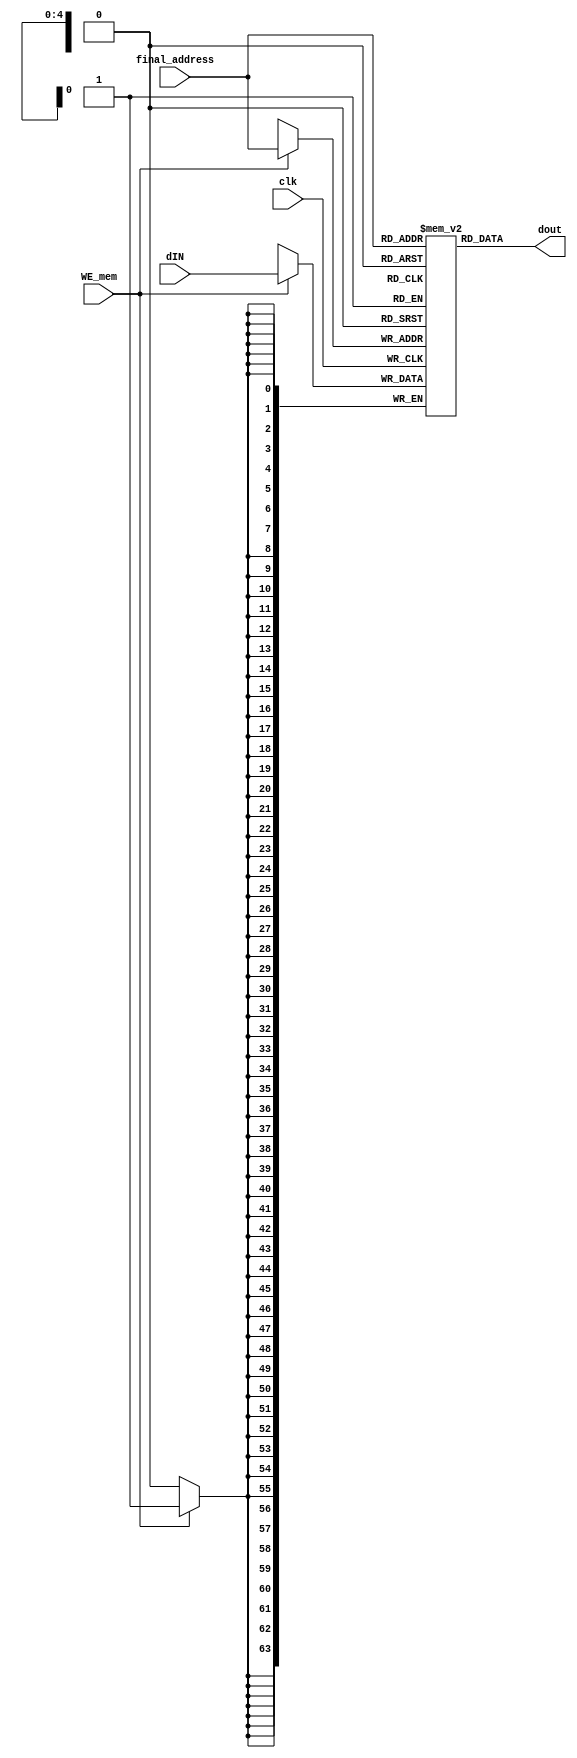
module Memoria( 
    input [4:0] final_address,  //guarda endereo que  a soma de doutB + OFFSET
    input WE_mem,
    input clk,
    input [63:0]dIN,            //Valor que entra na memria
    output [63:0] dout          //Valor que sai da memria
);

    /*!!*/reg [63:0] mem [31:0];

    // atribuindo valores para memoria e load/store

    assign dout = mem[final_address];       //Leitura de dados no Memria (Load) 
   


    always @(posedge clk) begin
                                    
        if (WE_mem) begin                    
            mem[final_address]  <= dIN;      //Escrita de dados na memria (Store)
        end

    end

    
initial begin    // INICIALIZACAO DOS VALORES NA MEMRIA PARA FACILITAR NA TESTBENCH
    mem[0] = 0;
    mem[1] = 10;
    mem[2] = 20;
    mem[3] = 30;
    mem[4] = 40;
    
end



endmodule